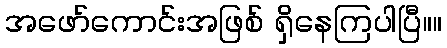
အဖော်ကောင်းအဖြစ် ရှိနေကြပါပြီ။။